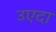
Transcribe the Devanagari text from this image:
उएदा